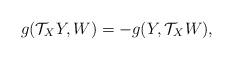
LaTeX: \begin{align*} g(\mathcal{T}_{X}Y, W)=-g(Y, \mathcal{T}_{X}W) ,\end{align*}